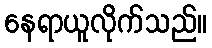
နေရာယူလိုက်သည်။